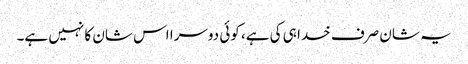
یہ شان صرف خدا ہی کی ہے، کوئی دوسرا اس شان کا نہیں ہے۔